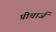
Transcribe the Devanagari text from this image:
प्रीचार्ज